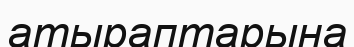
атыраптарына